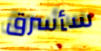
سأسرق